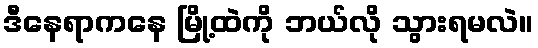
ဒီနေရာကနေ မြို့ထဲကို ဘယ်လို သွားရမလဲ။